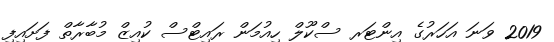
2019 ވަނަ އަހަރުގެ އިންޓަރ ސްކޫލް ހިއުމަން ރައިޓްސް ކުއިޒް މުބާރާތް ފަށައިފި